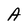
Character: A